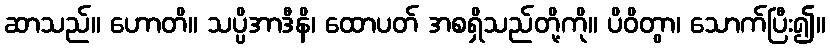
ဆာသည်။ ဟောတိ။ သပ္ပိအာဒီနိ၊ ထောပတ် အစရှိသည်တို့ကို။ ပိဝိတွာ၊ သောက်ပြီး၍။